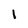
Character: 1